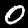
Digit: 0